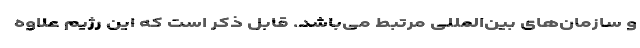
و سازمان‌های بین‌المللی مرتبط می‌باشد. قابل ذکر است که این رژیم علاوه